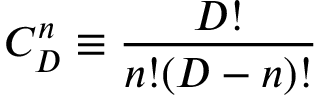
C _ { D } ^ { n } \equiv \frac { D ! } { n ! ( D - n ) ! }